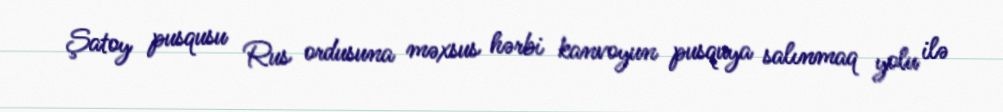
Şatoy pusqusu Rus ordusuna məxsus hərbi kanvoyun pusquya salınmaq yolu ilə